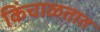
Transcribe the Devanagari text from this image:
किंचाळतात